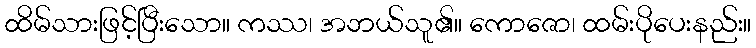
ထိမ်သားဖြင့်ပြီးသော။ ကဿ၊ အဘယ်သူ၏။ ကောဇော၊ ထမ်းပိုပေးနည်း။